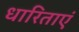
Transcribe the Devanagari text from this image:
धारिताएं